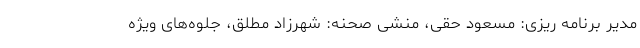
مدیر برنامه ریزی: مسعود حقی، منشی صحنه: شهرزاد مطلق، جلوه‌های ویژه